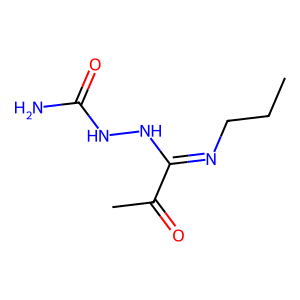
SMILES: CCCN=C(NNC(N)=O)C(C)=O
Inhibits HIV replication: No